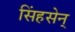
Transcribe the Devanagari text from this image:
सिंहसेन्